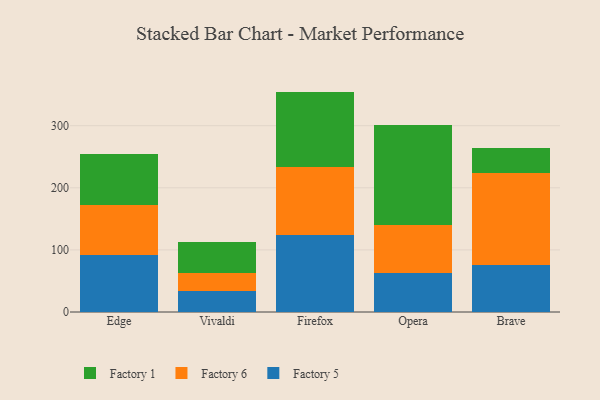
{"axis": {"x": "Browser", "y": "Waste Production (Tons)"}, "legend": ["Factory 1", "Factory 5", "Factory 6"], "data": [{"x": "Edge", "y": 91.2, "type": "Factory 5"}, {"x": "Edge", "y": 81.1, "type": "Factory 6"}, {"x": "Edge", "y": 82.3, "type": "Factory 1"}, {"x": "Vivaldi", "y": 33.8, "type": "Factory 5"}, {"x": "Vivaldi", "y": 28.7, "type": "Factory 6"}, {"x": "Vivaldi", "y": 50.6, "type": "Factory 1"}, {"x": "Firefox", "y": 123.7, "type": "Factory 5"}, {"x": "Firefox", "y": 109.5, "type": "Factory 6"}, {"x": "Firefox", "y": 121.7, "type": "Factory 1"}, {"x": "Opera", "y": 63.3, "type": "Factory 5"}, {"x": "Opera", "y": 76.4, "type": "Factory 6"}, {"x": "Opera", "y": 161.2, "type": "Factory 1"}, {"x": "Brave", "y": 74.9, "type": "Factory 5"}, {"x": "Brave", "y": 149.1, "type": "Factory 6"}, {"x": "Brave", "y": 40.6, "type": "Factory 1"}]}